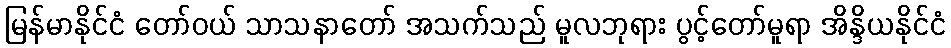
မြန်မာနိုင်ငံ တော်ဝယ် သာသနာတော် အသက်သည် မူလဘုရား ပွင့်တော်မူရာ အိန္ဒိယနိုင်ငံ